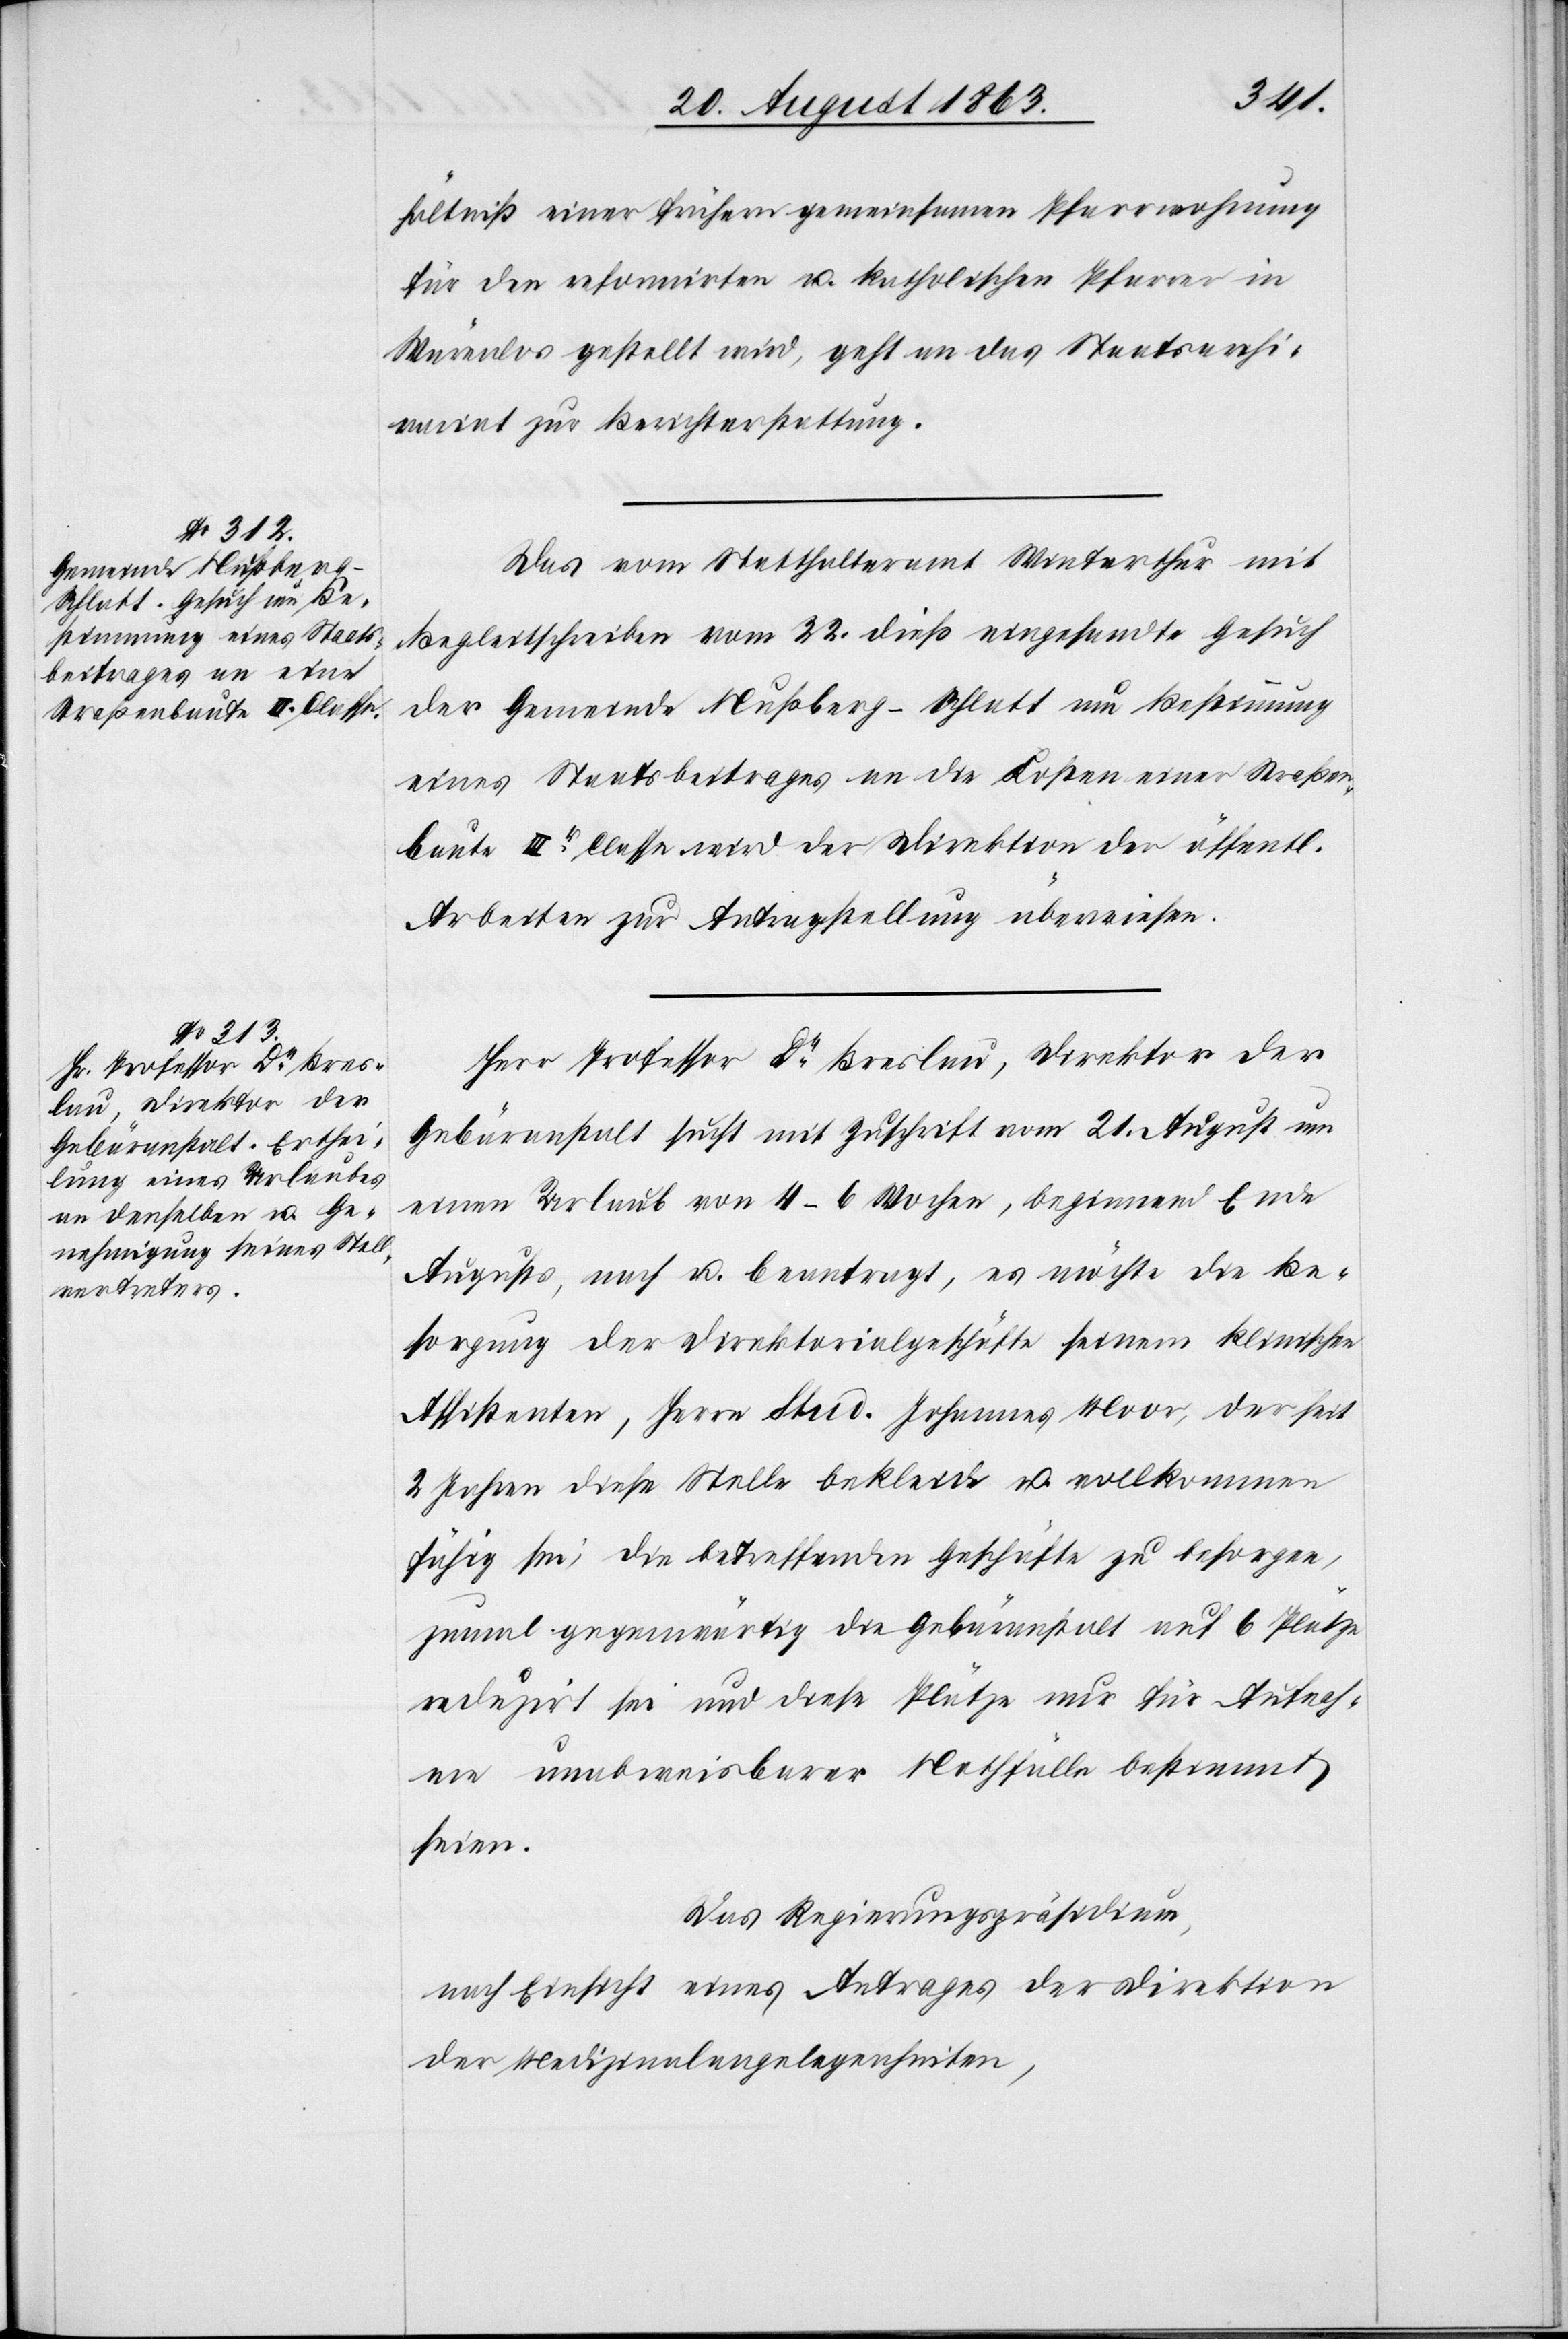
24. August 1863.]
hältniß einer frühern gemeinsamen Pfarrwohnung
für den reformirten u. katholischen Pfarrer in
Würenlos gestellt wird, geht an das Staatsarchi¬
variat zur Berichterstattung.
Das vom Statthalteramt Winterthur mit
Begleitschreiben vom 22. dieß eingesandte Gesuch
der Gemeinde Nußberg-Schlatt um Bestimmung
eines Staatsbeitrages an die Kosten einer Straßen¬
baute IIIr Classe wird der Direktion der öffentl.
Arbeiten zur Antragstellung überwiesen.
Herr Professor Dr Breslau, Direktor der
Gebäranstalt sucht mit Zuschrift vom 21. August um
einen Urlaub von 4–6 Wochen, beginnend Ende
Augusts, nach u. beantragt, es möchte die Be¬
sorgung der Direktorialgeschäfte seinem klinischen
Assistenten, Herrn Stud. Johannes Moor, der seit
2 Jahren diese Stelle bekleide u. vollkommen
fähig sei, die betreffenden Geschäfte zu besorgen,
zumal gegenwärtig die Gebäranstalt auf 6 Plätze
reduzirt sei und diese Plätze nur für Aufnah¬
me unabweisbarer Nothfälle bestimmt
seien.
Das Regierungspräsidium,
nach Einsicht eines Antrages der Direktion
der Medizinalangelegenheiten,